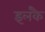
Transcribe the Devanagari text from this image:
इलंकै